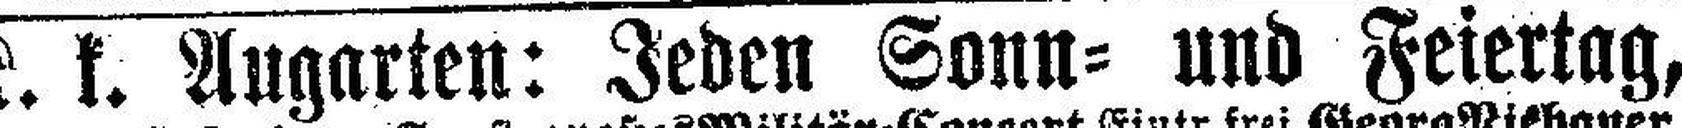
K. k. Augarten: Jeden Sonn= und Feiertag,